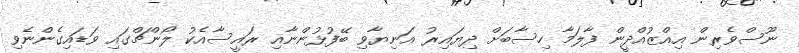
ނޫސްވެރިން އިއްޒުއްދީން ފާލަމާ ހިސާބަށް ދިޔައިރު އަނިޔާވި ބޭފުޅުންނާއި ރައީސާއެކު ލޯންޗްގައި ވަޑައިގެންނެވި